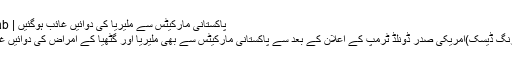
پاکستانی مارکیٹس سے ملیریا کی دوائیں غائب ہوگئیں | Dailyaftab
لاہور(مانیٹرنگ ڈیسک)امریکی صدر ڈونلڈ ٹرمپ کے اعلان کے بعد سے پاکستانی مارکیٹس سے بھی ملیریا اور گٹھیا کے امراض کی دوائیں غائب ہوگئیں۔